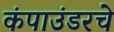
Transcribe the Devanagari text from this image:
कंपाउंडरचे